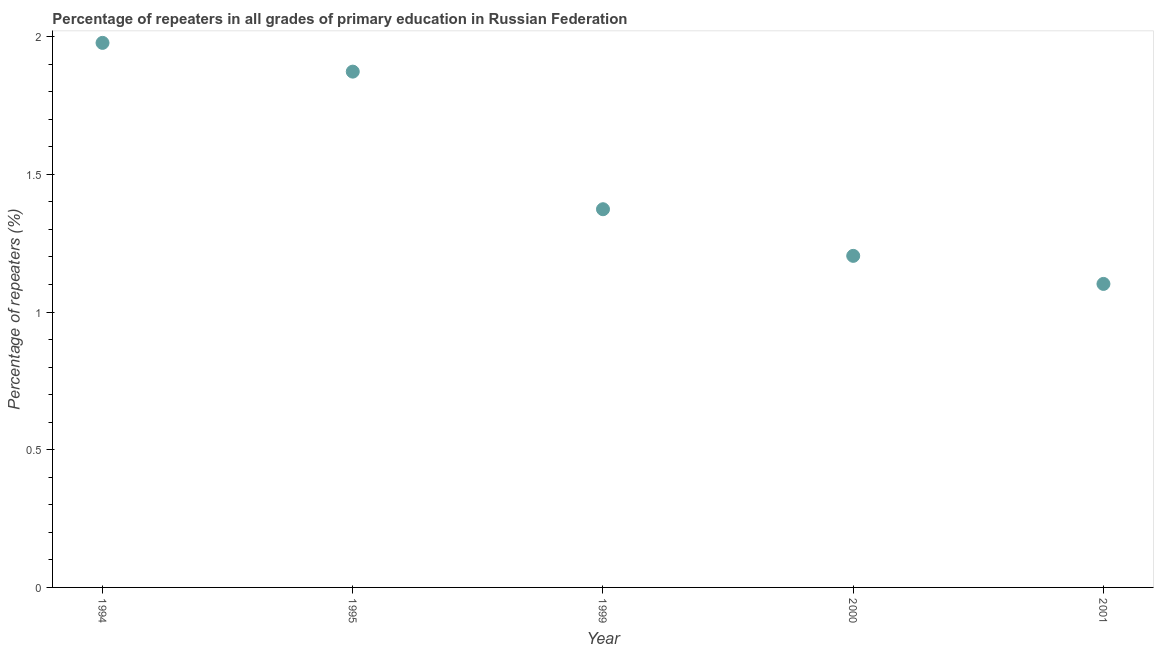
| Year | Repeaters in primary education |
 | --- | --- |
 | 1994 | 1.98 |
 | 1995 | 1.87 |
 | 1999 | 1.37 |
 | 2000 | 1.2 |
 | 2001 | 1.1 |